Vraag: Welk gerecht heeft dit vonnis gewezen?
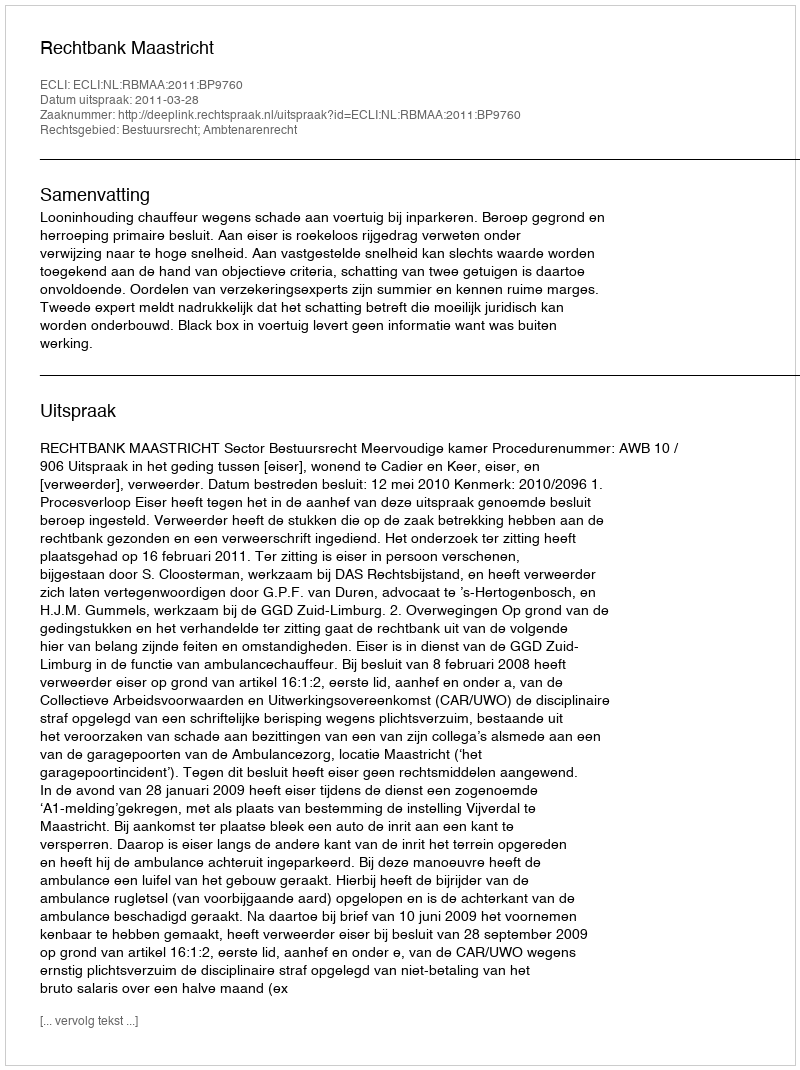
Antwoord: Rechtbank Maastricht